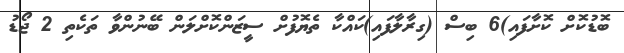
ބޮޑުކޮށް ކޮށާފައި)6 ބިސް (ގިރާލާފައި)ކައްކާ ތެޔޮފުށް ސީޒަންކޮށްލަން ބޭނުންވާ ތަކެތި 2 ޖޯޑު